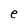
Character: e